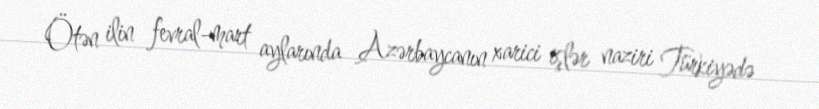
Ötən ilin fevral-mart aylarında Azərbaycanın xarici işlər naziri Türkiyədə